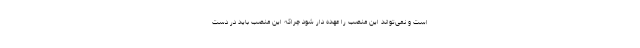
است و نمی‌تواند این منصب را عهده دار شود چراکه این منصب باید در دست